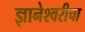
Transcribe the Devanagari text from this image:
ज्ञानेश्‍वरीचा